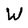
Character: W